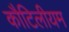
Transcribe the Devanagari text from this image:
कौटिलीयम